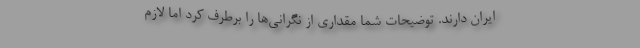
ایران دارند. توضیحات شما مقداری از نگرانی‌ها را برطرف کرد اما لازم